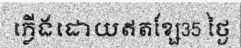
ភ្លើងដោយឥតខ្សែ35 ថ្ងៃ